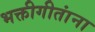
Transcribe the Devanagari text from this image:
भक्तीगीतांना